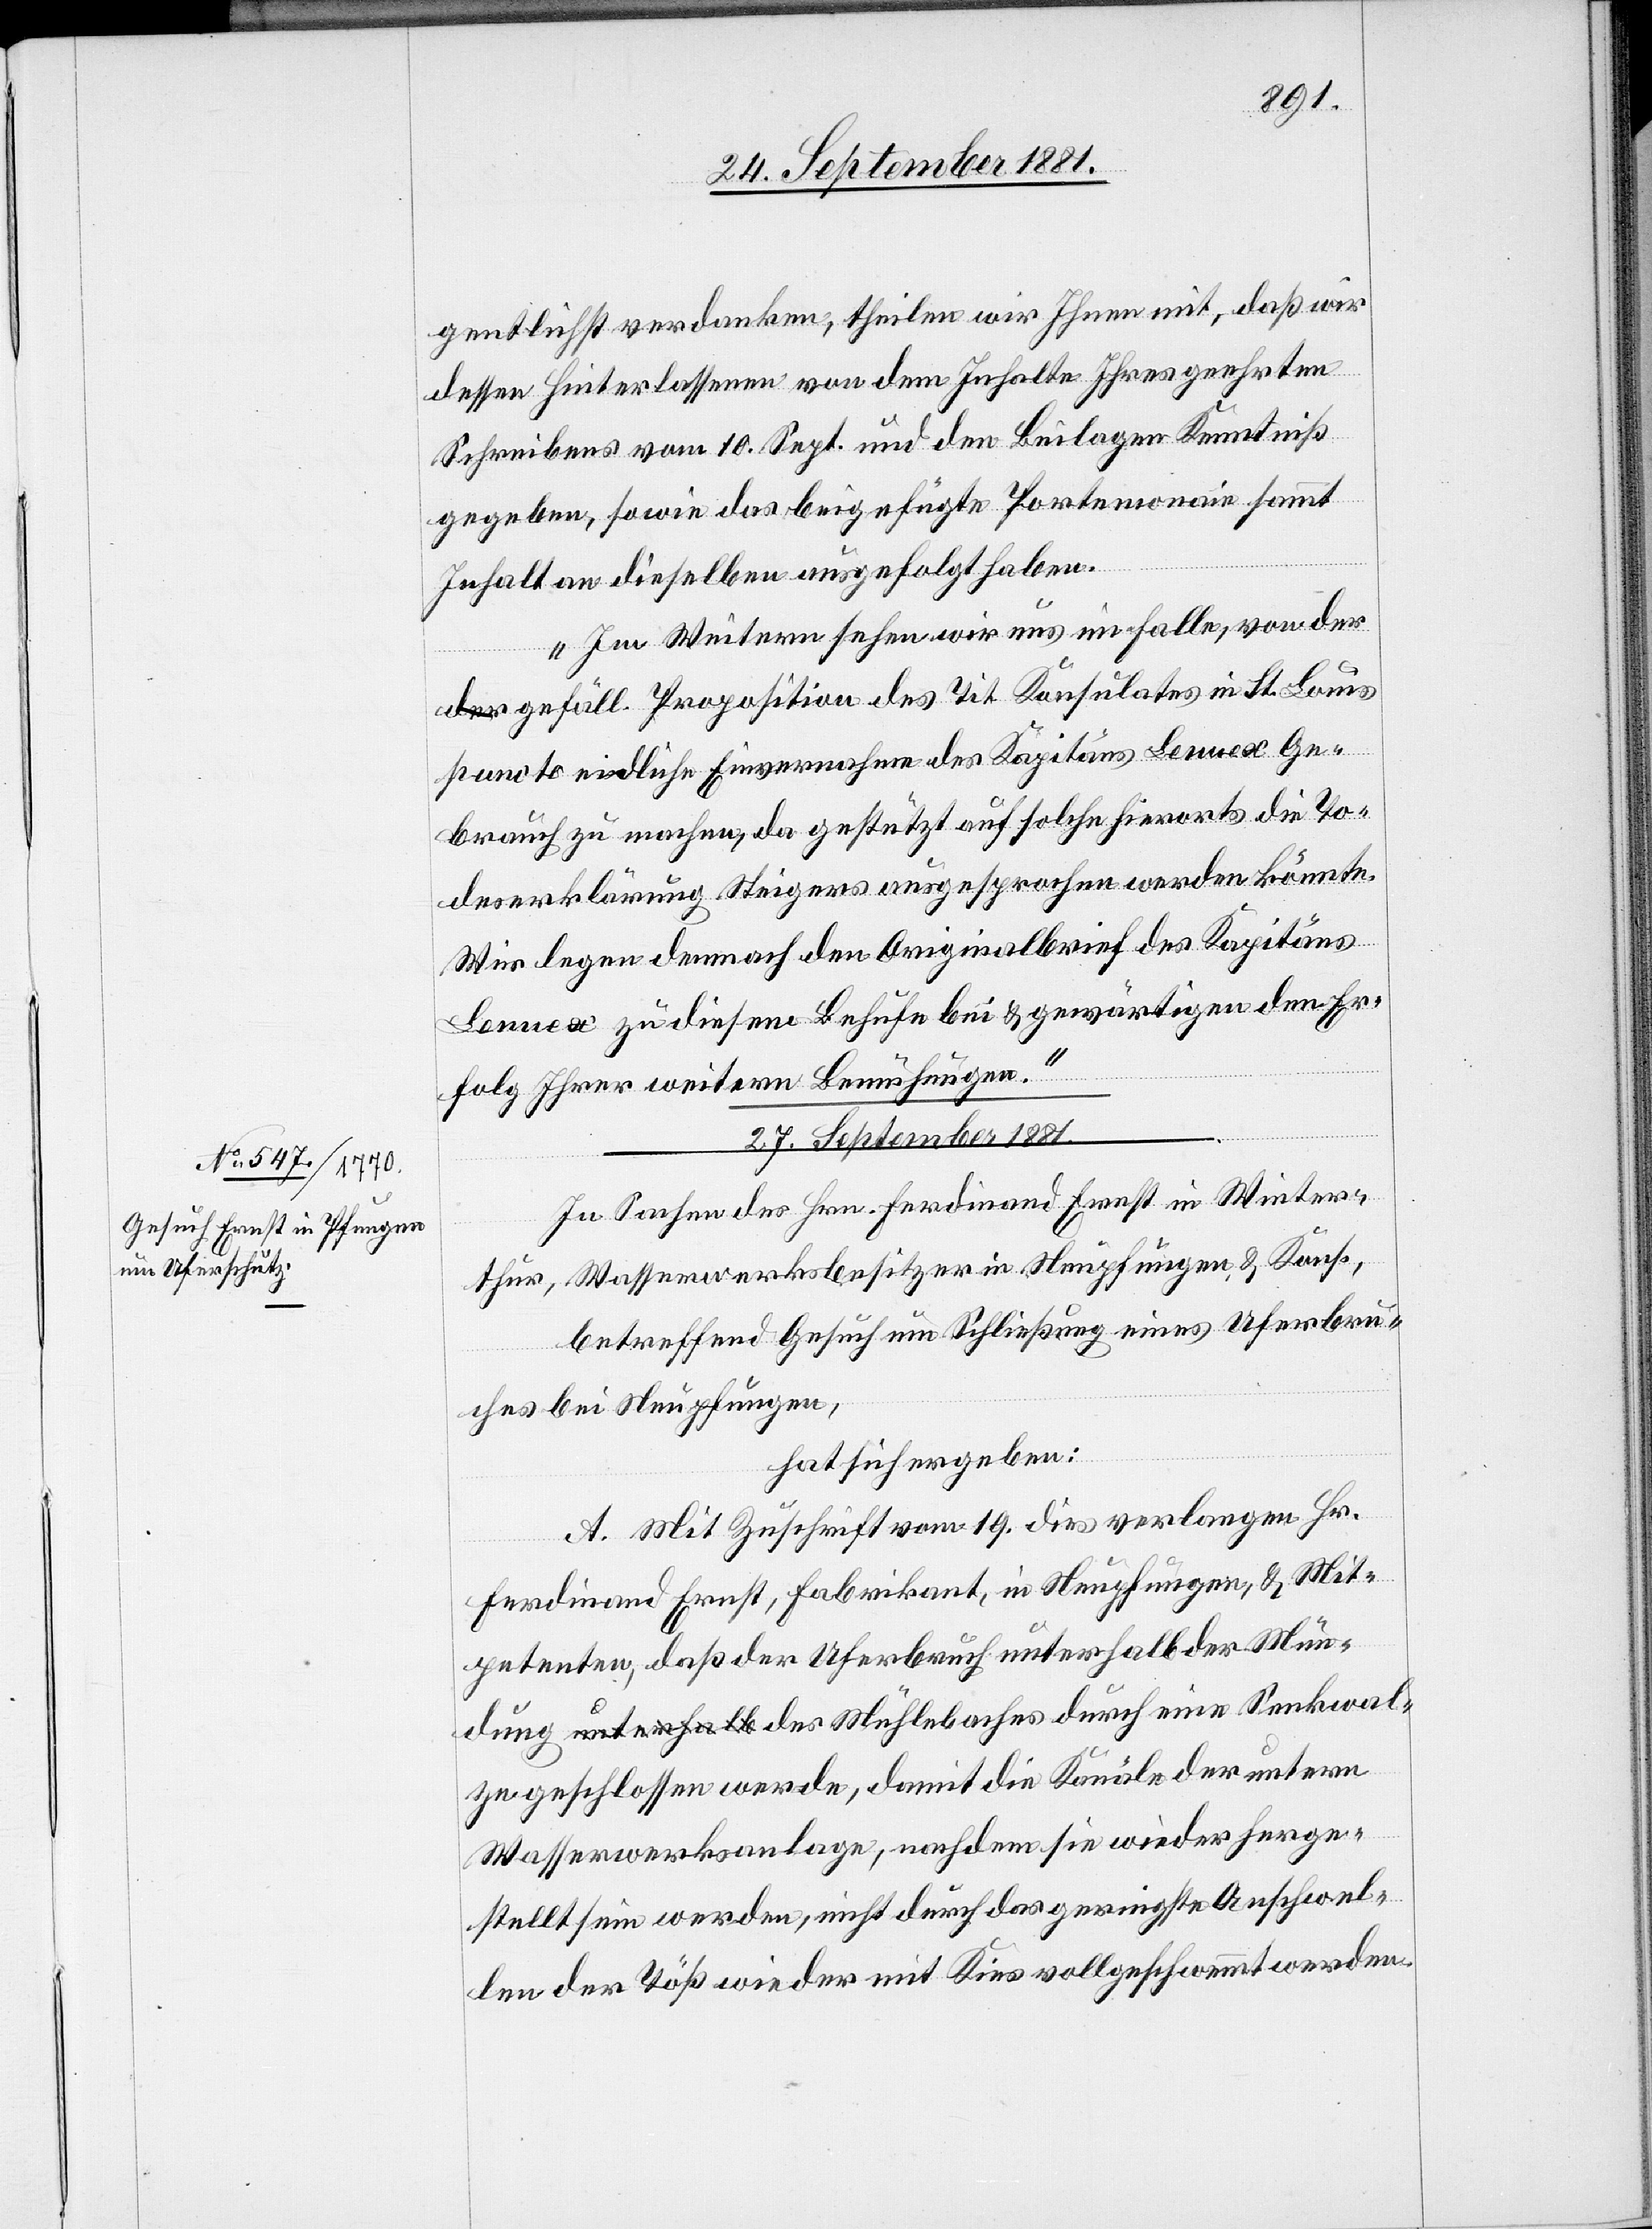
kwal¬
gentlichst verdanken, theilen wir Ihnen mit, daß wir
dessen Hinterlassenen von dem Inhalte Ihres geehrten
Schreibens vom 10. Sept. und den Beilagen Kenntniß
gegeben, sowie das beigefügte Portemonaie sammt
Inhalten dieselben ausgefolgt haben.
Im Weitern sehen wir uns im Falle, von der
gefäll. Proposition des Tit. Konsulates in St. Louis
puncto eidliche Einvernahme des Kapitäns Lennex Ge¬
brauch zu machen, da gestützt auf solche hierorts die To¬
deserklärung Steigers ausgesprochen werden könnte.
Wir legen demnach den Originalbrief des Kapitäns
Lennex zu diesem Behufe bei & gewärtigen den Er¬
folg Ihrer weitern Bemühungen.“
27. September 1881.
In Sachen des Hrn. Ferdinand Ernst in Winter¬
thur, Wasserwerksbesitzer in Neupfungen & Kons.,
betreffend Gesuch um Schließung eines Uferbru¬
ches bei Neupfungen,
hat sich ergeben:
A. Mit Zuschrift vom 19. dies verlangen Hr.
Ferdinand Ernst, Fabrikant, in Neupfungen, & Mit¬
petenten, daß der Uferbruch durch eine Sen¬
ze geschlossen werde, damit die Kanäle der untern
Wasserwerksanlage, nachdem sie wieder herge¬
stellt sein werden, nicht durch das geringste Anschwel¬
len der Töß wieder mit Kies vollgeschwemmt werden.